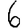
Digit: 6